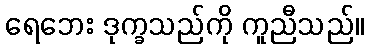
ရေဘေး ဒုက္ခသည်ကို ကူညီသည်။